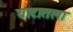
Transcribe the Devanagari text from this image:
घाटातला